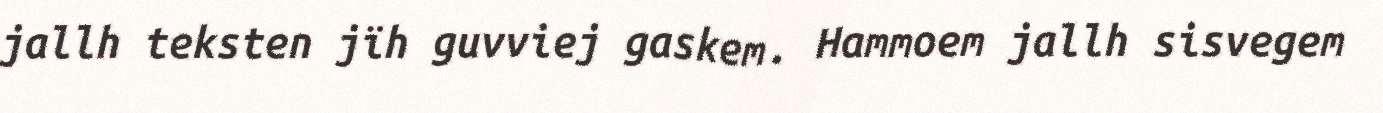
jallh teksten jïh guvviej gaskem. Hammoem jallh sisvegem